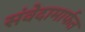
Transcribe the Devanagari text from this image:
संवेदामार्फत